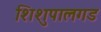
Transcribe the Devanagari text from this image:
शिशुपालगड